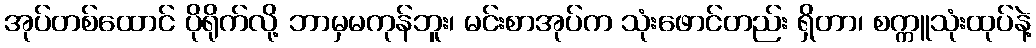
အုပ်တစ်ထောင် ပိုရိုက်လို့ ဘာမှမကုန်ဘူး၊ မင်းစာအုပ်က သုံးဖောင်တည်း ရှိတာ၊ စက္ကူသုံးထုပ်နဲ့